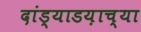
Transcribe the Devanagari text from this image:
दांड्याडय़ाच्या